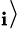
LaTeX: _{\mathbf{i}}\rangle